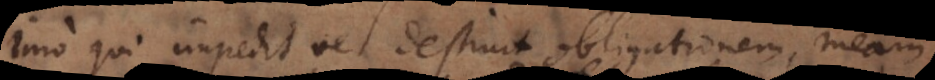
Imo qui impedit vel destruit obligationem meam